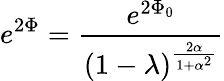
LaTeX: e^{2\Phi}={\frac{e^{2\Phi_{0}}}{(1-\lambda)^{\frac{2\alpha}{1+\alpha^{2}}}}}